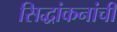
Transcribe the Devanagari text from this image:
सिद्धांकनांची